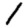
Digit: 1